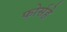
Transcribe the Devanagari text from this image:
फोर्सहे